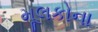
મૂલકોના